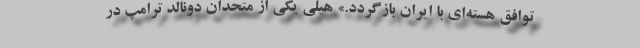
توافق هسته‌ای با ایران بازگردد.» هیلی یکی از متحدان دونالد ترامپ در